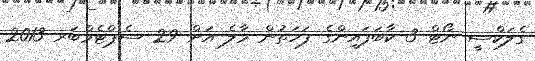
ގެލަކްސީ ނޯޓް 3 ކާބަފައިންގެ ފަހަތުން މާލެ އަށް 29 ސެޕްޓެމްބަރ 2013